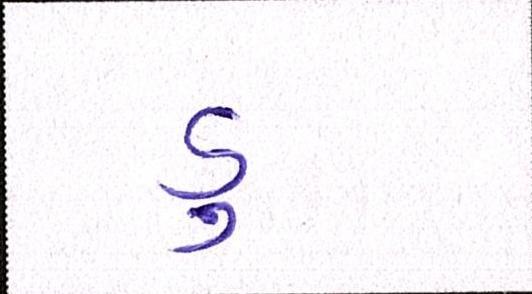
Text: ડુ